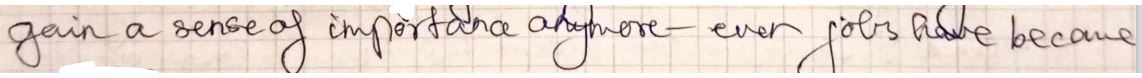
gain a sense of important anymore - ever jobs alike became